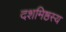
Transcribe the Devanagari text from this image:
दशमिष्ठस्य